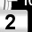
Digit: 2